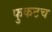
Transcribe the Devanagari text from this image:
फुकटच